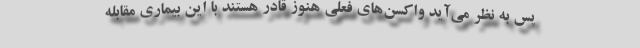
پس به نظر می‌آید واکسن‌های فعلی هنوز قادر هستند با این بیماری مقابله